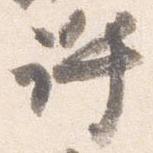
許